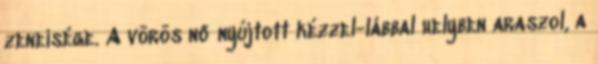
zeneisége. A vörös nő nyújtott kézzel-lábbal helyben araszol, a